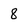
Character: 8